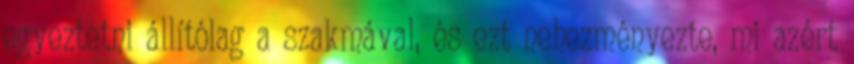
egyeztetni állítólag a szakmával, és ezt nehezményezte, mi azért